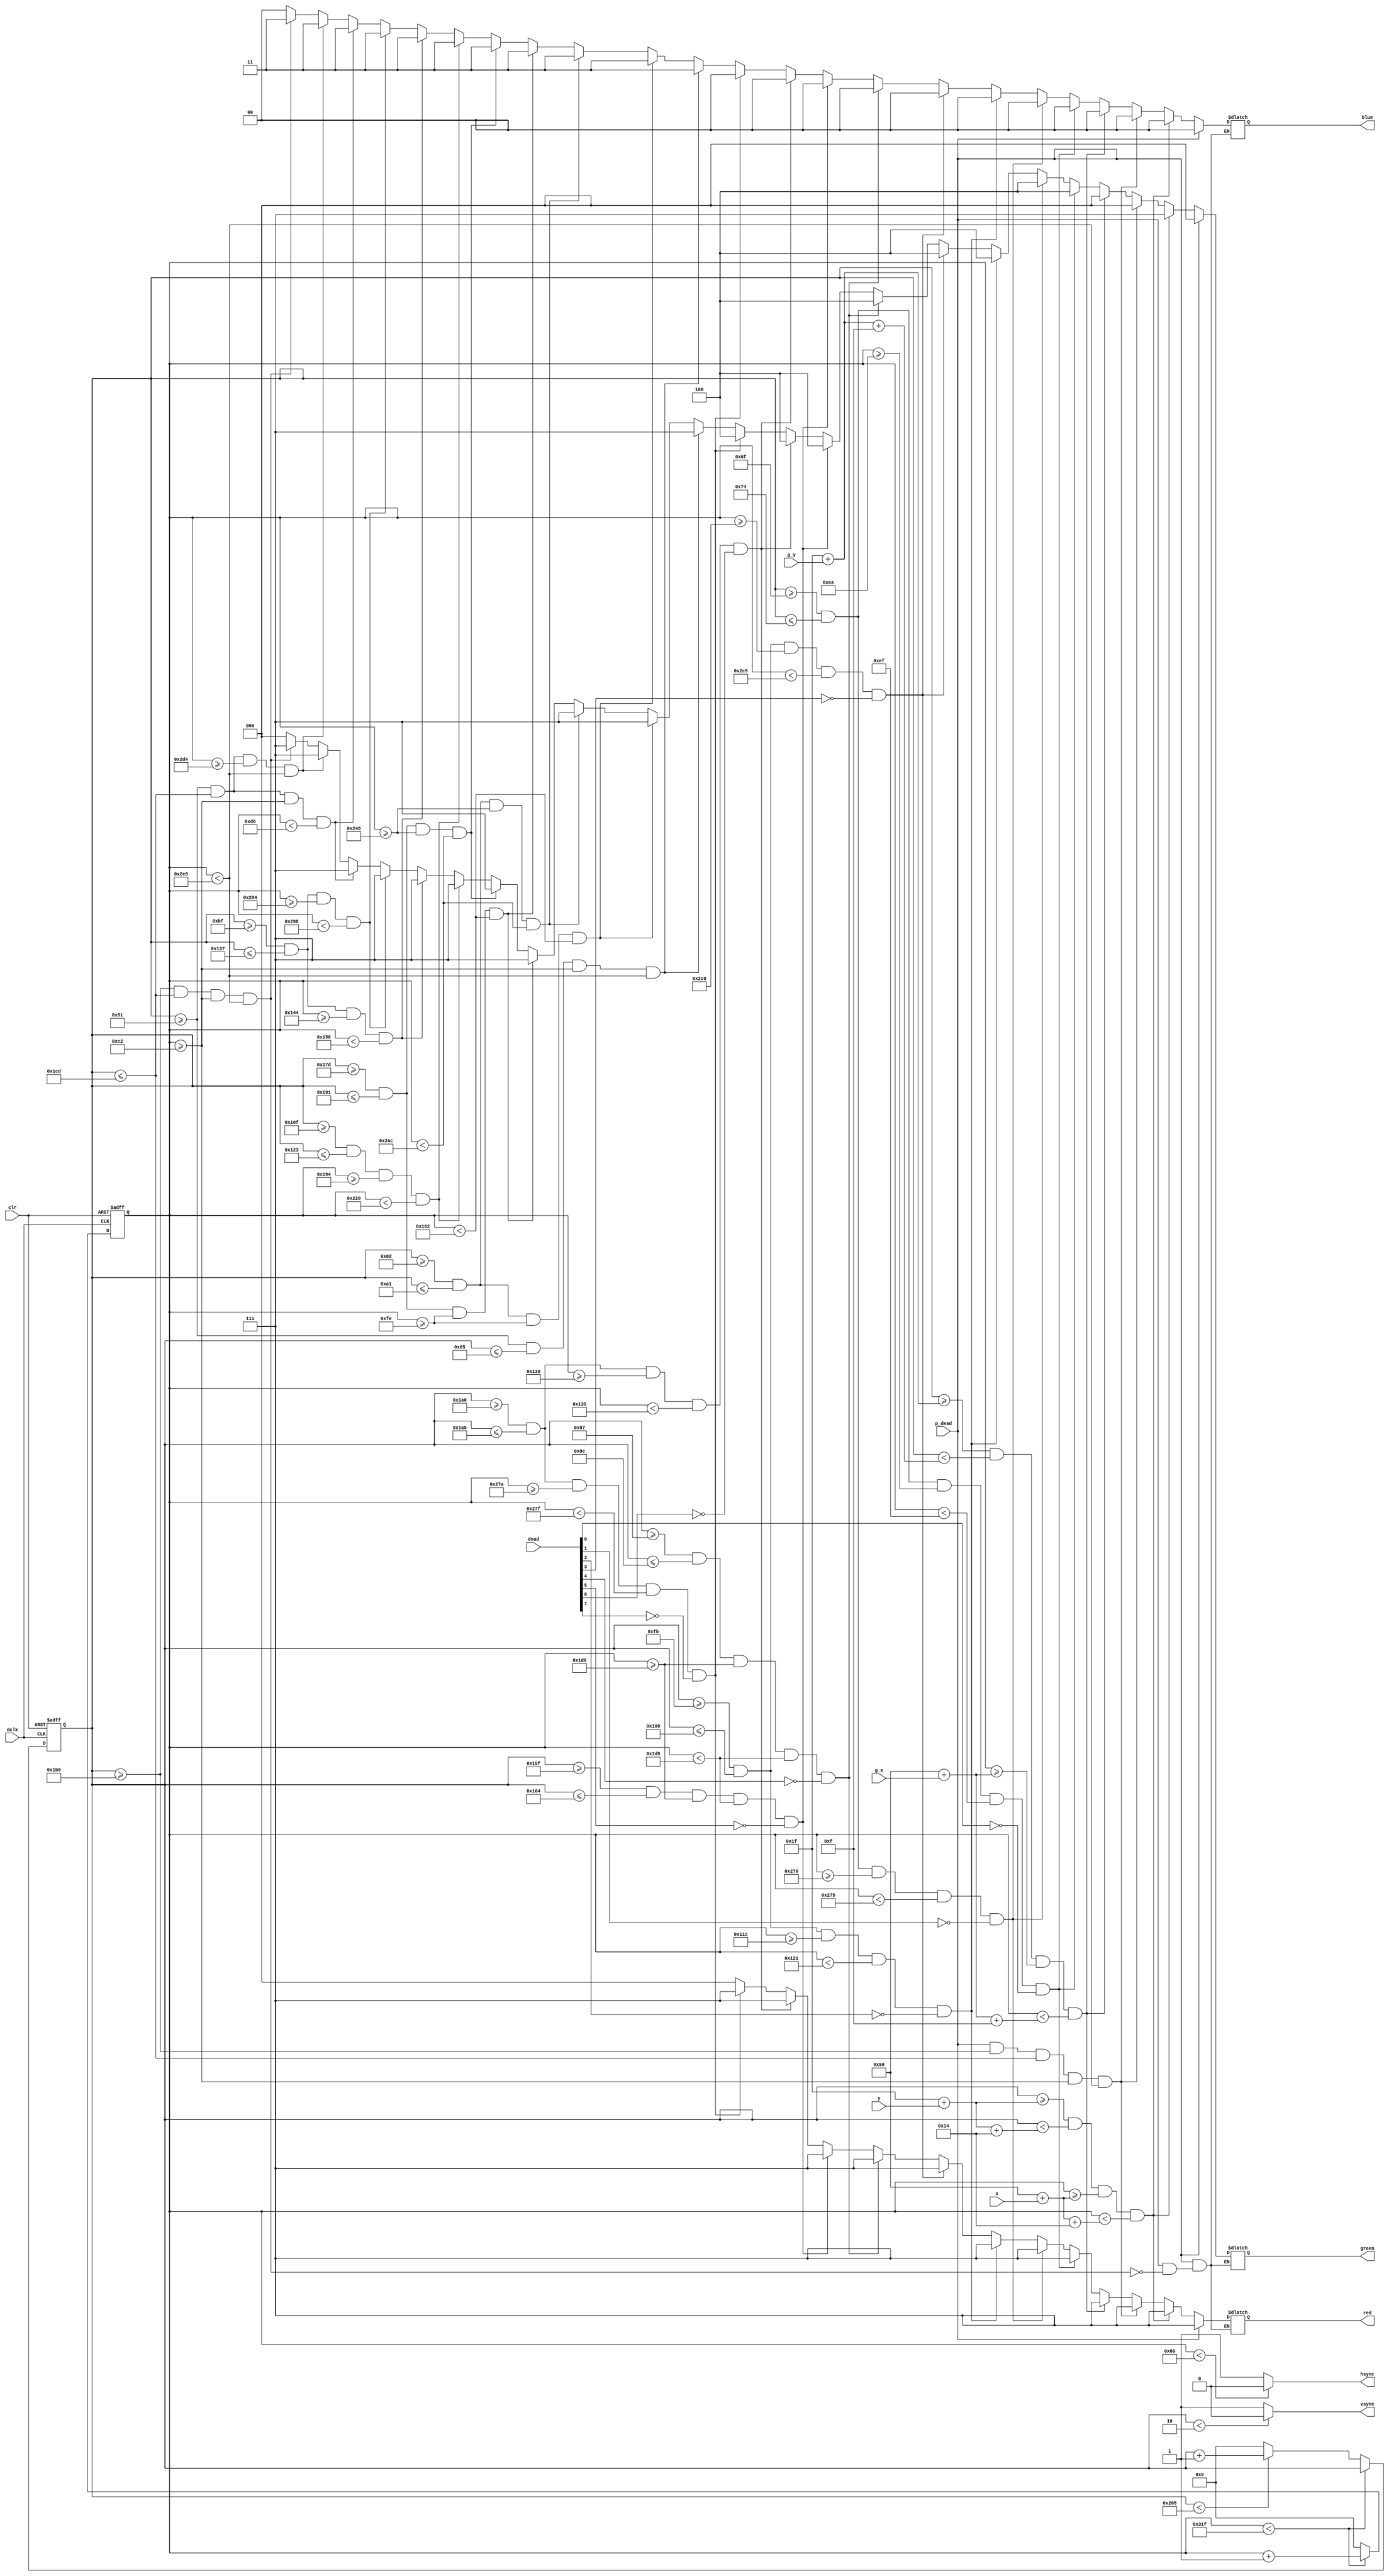
`timescale 1ns / 1ps
//////////////////////////////////////////////////////////////////////////////////
// Company: 
// Engineer: 
// 
// Design Name: 
// Module Name:    vga640x480 
// Project Name: 
// Target Devices: 
// Tool versions: 
// Description: 
//
// Dependencies: 
//
// Revision: 
// Revision 0.01 - File Created
// Additional Comments: 
//
//////////////////////////////////////////////////////////////////////////////////
module vga640x480(
	input wire dclk,			//pixel clock: 25MHz
	input wire clr,			//asynchronous reset
	input [7:0] dead, //cookie lives
	output wire hsync,		//horizontal sync out
	output wire vsync,		//vertical sync out
	output reg [2:0] red,	//red vga output
	output reg [2:0] green, //green vga output
	output reg [1:0] blue,	//blue vga output
	input [9:0] x,
	input [9:0] y, 
	input [9:0] g_x, 
	input [9:0] g_y, 
	input wire p_dead
	);

// video structure constants
parameter hpixels = 800;// horizontal pixels per line
parameter vlines = 521; // vertical lines per frame
parameter hpulse = 96; 	// hsync pulse length
parameter vpulse = 2; 	// vsync pulse length
parameter hbp = 144; 	// end of horizontal back porch
parameter hfp = 784; 	// beginning of horizontal front porch
parameter vbp = 31; 		// end of vertical back porch
parameter vfp = 511; 	// beginning of vertical front porch
// active horizontal video is therefore: 784 - 144 = 640
// active vertical video is therefore: 511 - 31 = 480

// registers for storing the horizontal & vertical counters
reg [9:0] hc;
reg [9:0] vc;
reg lives = 2;


//pac_square
parameter pac_width = 20;
parameter pac_height = 20;
// parameter pac_x = x;
// parameter pac_y = y;

// Horizontal & vertical counters --
// this is how we keep track of where we are on the screen.
// ------------------------
// Sequential "always block", which is a block that is
// only triggered on signal transitions or "edges".
// posedge = rising edge  &  negedge = falling edge
// Assignment statements can only be used on type "reg" and need to be of the "non-blocking" type: <=
always @(posedge dclk or posedge clr)
begin
	// reset condition
	if (clr == 1)
	begin
		hc <= 0;
		vc <= 0;
	end
	else
	begin
		// keep counting until the end of the line
		if (hc < hpixels - 1)
			hc <= hc + 1;
		else
		// When we hit the end of the line, reset the horizontal
		// counter and increment the vertical counter.
		// If vertical counter is at the end of the frame, then
		// reset that one too.
		begin
			hc <= 0;
			if (vc < vlines - 1)
				vc <= vc + 1;
			else
				vc <= 0;
		end
		
	end
end

// generate sync pulses (active low)
// ----------------
// "assign" statements are a quick way to
// give values to variables of type: wire
assign hsync = (hc < hpulse) ? 0:1;
assign vsync = (vc < vpulse) ? 0:1;


// display 100% saturation colorbars
// ------------------------
// Combinational "always block", which is a block that is
// triggered when anything in the "sensitivity list" changes.
// The asterisk implies that everything that is capable of triggering the block
// is automatically included in the sensitivty list.  In this case, it would be
// equivalent to the following: always @(hc, vc)
// Assignment statements can only be used on type "reg" and should be of the "blocking" type: =
always @(*)
begin
	//PAC
	if (p_dead)	begin
		if(vc >= (vbp + 410) && vc <= (vbp + 430 ) && hc >= (hbp+50) && hc < (hbp+600)) begin
			red = 3'b111;
			green = 3'b000;
			blue = 3'b00;
		end
	end
	else begin
	if(vc >=(vbp+y) && vc < (vbp+y + pac_height) && hc >= (hbp+x) && hc<(hbp+x+pac_width)) begin
				red = 3'b111;
				green = 3'b111;
				blue = 2'b00;
	end
	else if(p_dead && vc >= (vbp + 410) && vc <= (vbp + 430 ) && hc >= (hbp+50) && hc < (hbp+600)) begin
			red = 3'b111;
			green = 3'b000;
			blue = 3'b00;
	end
	else if(vc >=(vbp+g_y) && vc < (vbp+g_y + 15) && hc >= (hbp+g_x) && hc<(hbp+g_x+15)) begin 
	//ghost
			red = 3'b111;
				green = 3'b000;
				blue = 2'b00;
	end
	else if(vc >= (vbp+80) && vc<=(vbp+85) && hc>=(hbp+90) && hc<(hbp+95) && ~dead[0]) begin
	//cookie 0 TOP left
		red = 3'b111;
		green = 3'b100;
		blue = 2'b00;
	end
	else if(vc >= (vbp+80) && vc<=(vbp+85) && hc>=(hbp+480) && hc<(hbp+485) && ~dead[1]) begin
	//cookie 1 TOP right
		red = 3'b111;
		green = 3'b100;
		blue = 2'b00;
	end
	else if(vc >= (vbp+220) && vc<=(vbp+225) && hc>=(hbp+140) && hc<(hbp+145)&& ~dead[2]) begin
	//cookie 2 left of V1
		red = 3'b111;
		green = 3'b100;
		blue = 2'b00;
	end
	else if(vc >= (vbp+220) && vc<=(vbp+225) && hc>=(hbp+560) && hc<(hbp+565) && ~dead[3]) begin
	//cookie 3 right of V2
		red = 3'b111;
		green = 3'b100;
		blue = 2'b00;
	end
	else if(vc >= (vbp+120) && vc<=(vbp+125) && hc>=(hbp+320) && hc<(hbp+325) && ~dead[4]) begin
	//cookie 4 middle top
		red = 3'b111;
		green = 3'b100;
		blue = 2'b00;
	end
	else if(vc >= (vbp+320) && vc<=(vbp+325) && hc>=(hbp+320) && hc<(hbp+325) && ~dead[5]) begin
	//cookie 5 middle bottom
		red = 3'b111;
		green = 3'b100;
		blue = 2'b00;
	end
	else if(vc >= (vbp +385) && vc <= (vbp + 390) && hc >= (hbp+160) && hc < (hbp+165) && ~dead[6]) begin
	//cookie 6 bottom left
		red = 3'b111;
		green = 3'b100;
		blue = 2'b00;
	end
	else if(vc >= (vbp +385) && vc <= (vbp + 390) && hc>=(hbp+490) && hc<(hbp+495)&& ~dead[7]) begin
	//cookie 7 bottom right
		red = 3'b111;
		green = 3'b100;
		blue = 2'b00;
	end
	else if (vc >= (vbp +50) && vc <= (vbp + 70) && hc >= (hbp+50) && hc < (hbp+600)) begin
		//TOP BAR OF MAP
				red = 3'b000;
				green = 3'b111;
				blue = 2'b11;
	end
	else if(vc >= (vbp +110) && vc <= (vbp + 130) && hc >= (hbp+110) && hc < (hbp+210)) begin
		//B1
				red = 3'b000;
				green = 3'b111;
				blue = 2'b11;
		end
	else if(vc >= (vbp +110) && vc <= (vbp + 130) && hc >= (hbp+440) && hc < (hbp+540)) begin
		//B2
				red = 3'b000;
				green = 3'b111;
				blue = 2'b11;
	end
	else if(vc >= (vbp +350) && vc <= (vbp + 370) && hc >= (hbp+110) && hc < (hbp+210)) begin
		//B3
				red = 3'b000;
				green = 3'b111;
				blue = 2'b11;
		end
	else if(vc >= (vbp +350) && vc <= (vbp + 370) && hc >= (hbp+440) && hc < (hbp+540)) begin
		//B4
				red = 3'b000;
				green = 3'b111;
				blue = 2'b11;
	end
	else if(vc >= (vbp +240) && vc <= (vbp + 260) && hc >= (hbp+260) && hc < (hbp+400)) begin
		//CENTER BAR
				red = 3'b000;
				green = 3'b111;
				blue = 2'b11;
	end
	else if(vc >= (vbp +160) && vc <= (vbp + 280) && hc >= (hbp+180) && hc < (hbp+200)) begin
		//V1
				red = 3'b000;
				green = 3'b111;
				blue = 2'b11;
	end
	else if(vc >= (vbp +160) && vc <= (vbp + 280) && hc >= (hbp+500) && hc < (hbp+520)) begin
		//V2
				red = 3'b000;
				green = 3'b111;
				blue = 2'b11;
	end
	else if(vc >= (vbp +50) && vc <= (vbp + 430) && hc >= (hbp+50) && hc < (hbp+70)) begin
		//LEFT BAR
				red = 3'b000;
				green = 3'b111;
				blue = 2'b11;
	end	
	else if(vc >= (vbp +50) && vc <= (vbp + 430) && hc >= (hbp+580) && hc < (hbp+600)) begin
		//RIGHT BAR
				red = 3'b000;
				green = 3'b111;
				blue = 2'b11;
	end
	else if(vc >= (vbp + 410) && vc <= (vbp + 430 ) && hc >= (hbp+50) && hc < (hbp+600)) begin
			//BOTTOM BAR
				red = 3'b000;
				green = 3'b111;
				blue = 2'b11;
	end	
	else begin
			red = 3'b000;
			green = 3'b000;
			blue = 2'b00;
	end
	end
	
//	if (p_dead)	begin
//		if(vc >= (vbp + 410) && vc <= (vbp + 430 ) && hc >= (hbp+50) && hc < (hbp+600)) begin
//			red = 3'b111;
//			green = 3'b000;
//			blue = 3'b00;
//		end
//	end
end

endmodule